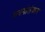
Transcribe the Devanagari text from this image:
सबगोलंकार